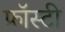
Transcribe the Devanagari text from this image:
फ्रॉस्टी